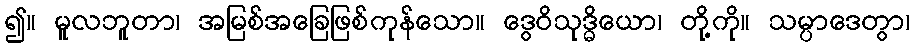
၍။ မူလဘူတာ၊ အမြစ်အခြေဖြစ်ကုန်သော။ ဒွေဝိသုဒ္ဓိယော၊ တို့ကို။ သမ္ပာဒေတွာ၊